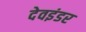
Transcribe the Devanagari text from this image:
देवइंडर